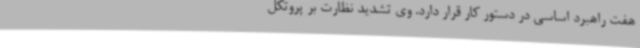
هفت راهبرد اساسی در دستور کار قرار دارد. وی تشدید نظارت بر پروتکل